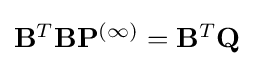
{\textstyle \mathbf {B} ^{T}\mathbf {B} \mathbf {P} ^{(\infty )}=\mathbf {B} ^{T}\mathbf {Q} }